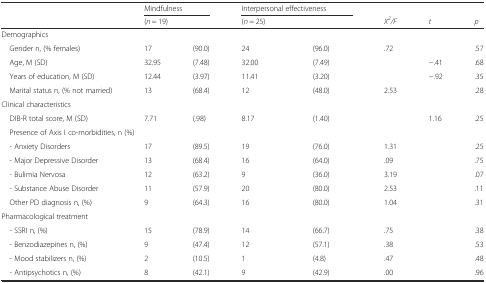
<table><thead><tr><td></td><td colspan="2"><b>Mindfulness</b></td><td colspan="2"><b>Interpersonal effectiveness</b></td><td></td><td></td><td></td></tr><tr><td></td><td colspan="2"><b>(<i>n</i> = 19)</b></td><td colspan="2"><b>(<i>n</i> = 25)</b></td><td><b><i>X</i><sup><i>2</i></sup><i>/F</i></b></td><td><b><i>t</i></b></td><td><b><i>p</i></b></td></tr></thead><tbody><tr><td colspan="8">Demographics</td></tr><tr><td> Gender n, (% females)</td><td>17</td><td>(90.0)</td><td>24</td><td>(96.0)</td><td>.72</td><td></td><td>.57</td></tr><tr><td> Age, M (SD)</td><td>32.95</td><td>(7.48)</td><td>32.00</td><td>(7.49)</td><td></td><td>−.41</td><td>.68</td></tr><tr><td> Years of education, M (SD)</td><td>12.44</td><td>(3.97)</td><td>11.41</td><td>(3.20)</td><td></td><td>−.92</td><td>.35</td></tr><tr><td> Marital status n, (% not married)</td><td>13</td><td>(68.4)</td><td>12</td><td>(48.0)</td><td>2.53</td><td></td><td>.28</td></tr><tr><td colspan="8">Clinical characteristics</td></tr><tr><td> DIB-R total score, M (SD)</td><td>7.71</td><td>(.98)</td><td>8.17</td><td>(1.40)</td><td></td><td>1.16</td><td>.25</td></tr><tr><td colspan="8"> Presence of Axis I co-morbidities, n (%)</td></tr><tr><td> - Anxiety Disorders</td><td>17</td><td>(89.5)</td><td>19</td><td>(76.0)</td><td>1.31</td><td></td><td>.25</td></tr><tr><td> - Major Depressive Disorder</td><td>13</td><td>(68.4)</td><td>16</td><td>(64.0)</td><td>.09</td><td></td><td>.75</td></tr><tr><td> - Bulimia Nervosa</td><td>12</td><td>(63.2)</td><td>9</td><td>(36.0)</td><td>3.19</td><td></td><td>.07</td></tr><tr><td> - Substance Abuse Disorder</td><td>11</td><td>(57.9)</td><td>20</td><td>(80.0)</td><td>2.53</td><td></td><td>.11</td></tr><tr><td> Other PD diagnosis n, (%)</td><td>9</td><td>(64.3)</td><td>16</td><td>(80.0)</td><td>1.04</td><td></td><td>.31</td></tr><tr><td>Pharmacological treatment</td><td></td><td></td><td></td><td></td><td></td><td></td><td></td></tr><tr><td> - SSRI n, (%)</td><td>15</td><td>(78.9)</td><td>14</td><td>(66.7)</td><td>.75</td><td></td><td>.38</td></tr><tr><td> - Benzodiazepines n, (%)</td><td>9</td><td>(47.4)</td><td>12</td><td>(57.1)</td><td>.38</td><td></td><td>.53</td></tr><tr><td> - Mood stabilizers n, (%)</td><td>2</td><td>(10.5)</td><td>1</td><td>(4.8)</td><td>.47</td><td></td><td>.48</td></tr><tr><td> - Antipsychotics n, (%)</td><td>8</td><td>(42.1)</td><td>9</td><td>(42.9)</td><td>.00</td><td></td><td>.96</td></tr></tbody></table>